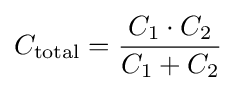
C_{\text{total}}={\frac {C_{1}\cdot C_{2}}{C_{1}+C_{2}}}